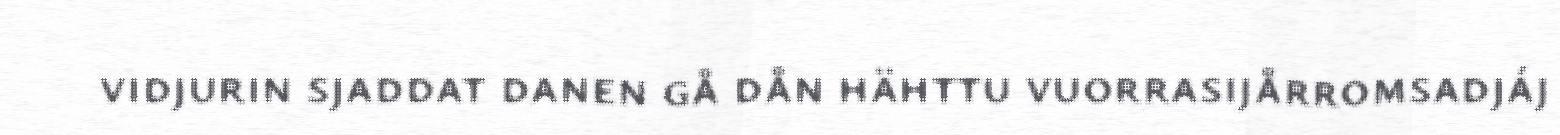
vidjurin sjaddat danen gå dån hähttu vuorrasijårromsadjáj